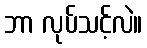
ဘာ လုပ်သင့်လဲ။